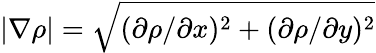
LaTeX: |\nabla\rho|=\sqrt{(\partial\rho/\partial x)^{2}+(\partial\rho/\partial y)^{2}}